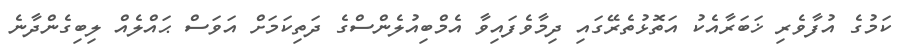
ކަމުގެ އުފާވެރި ޚަބަރާއެކު އަތޮޅުތެރޭގައި ދިމާވެފައިވާ އެމްބިއުލެންސްގެ ދަތިކަމަށް އަވަސް ޙައްލެއް ލިބިގެންދާނެ